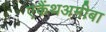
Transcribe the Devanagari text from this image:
एकैंथअमीबा